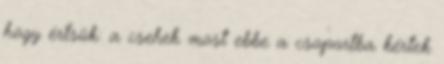
hogy értsük: a csehek most ebbe a csoportba kértek